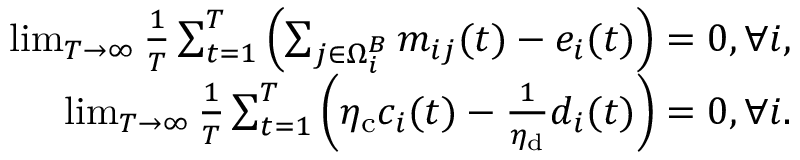
\begin{array} { r } { \operatorname* { l i m } _ { T \to \infty } \frac { 1 } { T } \sum _ { t = 1 } ^ { T } \left( \sum _ { j \in \Omega _ { i } ^ { B } } m _ { i j } ( t ) - e _ { i } ( t ) \right) = 0 , \forall i , } \\ { \operatorname* { l i m } _ { T \to \infty } \frac { 1 } { T } \sum _ { t = 1 } ^ { T } \left( \eta _ { \mathrm { c } } c _ { i } ( t ) - \frac { 1 } { \eta _ { \mathrm { d } } } d _ { i } ( t ) \right) = 0 , \forall i . } \end{array}